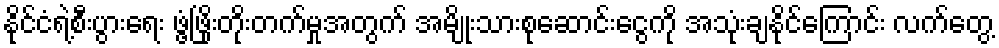
နိုင်ငံရဲ့စီးပွားရေး ဖွံ့ဖြိုးတိုးတက်မှုအတွက် အမျိုးသားစုဆောင်းငွေကို အသုံးချနိုင်ကြောင်း လက်တွေ့